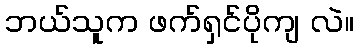
ဘယ်သူက ဖက်ရှင်ပိုကျ လဲ။